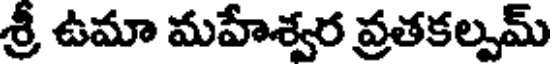
శ్రీ ఉమా మహేశ్వర వ్రతకల్పమ్